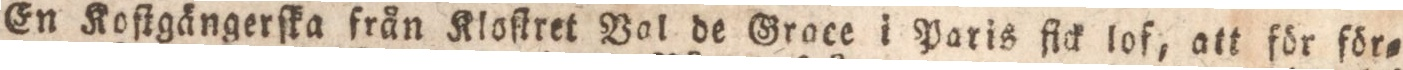
En Koſtgängerſka från Kloſtret Pol de Grace i Paris flck lof, att för för=